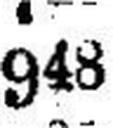
948